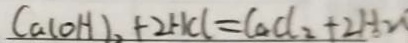
C a ( O H ) _ { 2 } + 2 H C l = C a C l _ { 2 } + 2 H _ { 2 } O